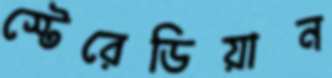
স্টেরেডিয়ান